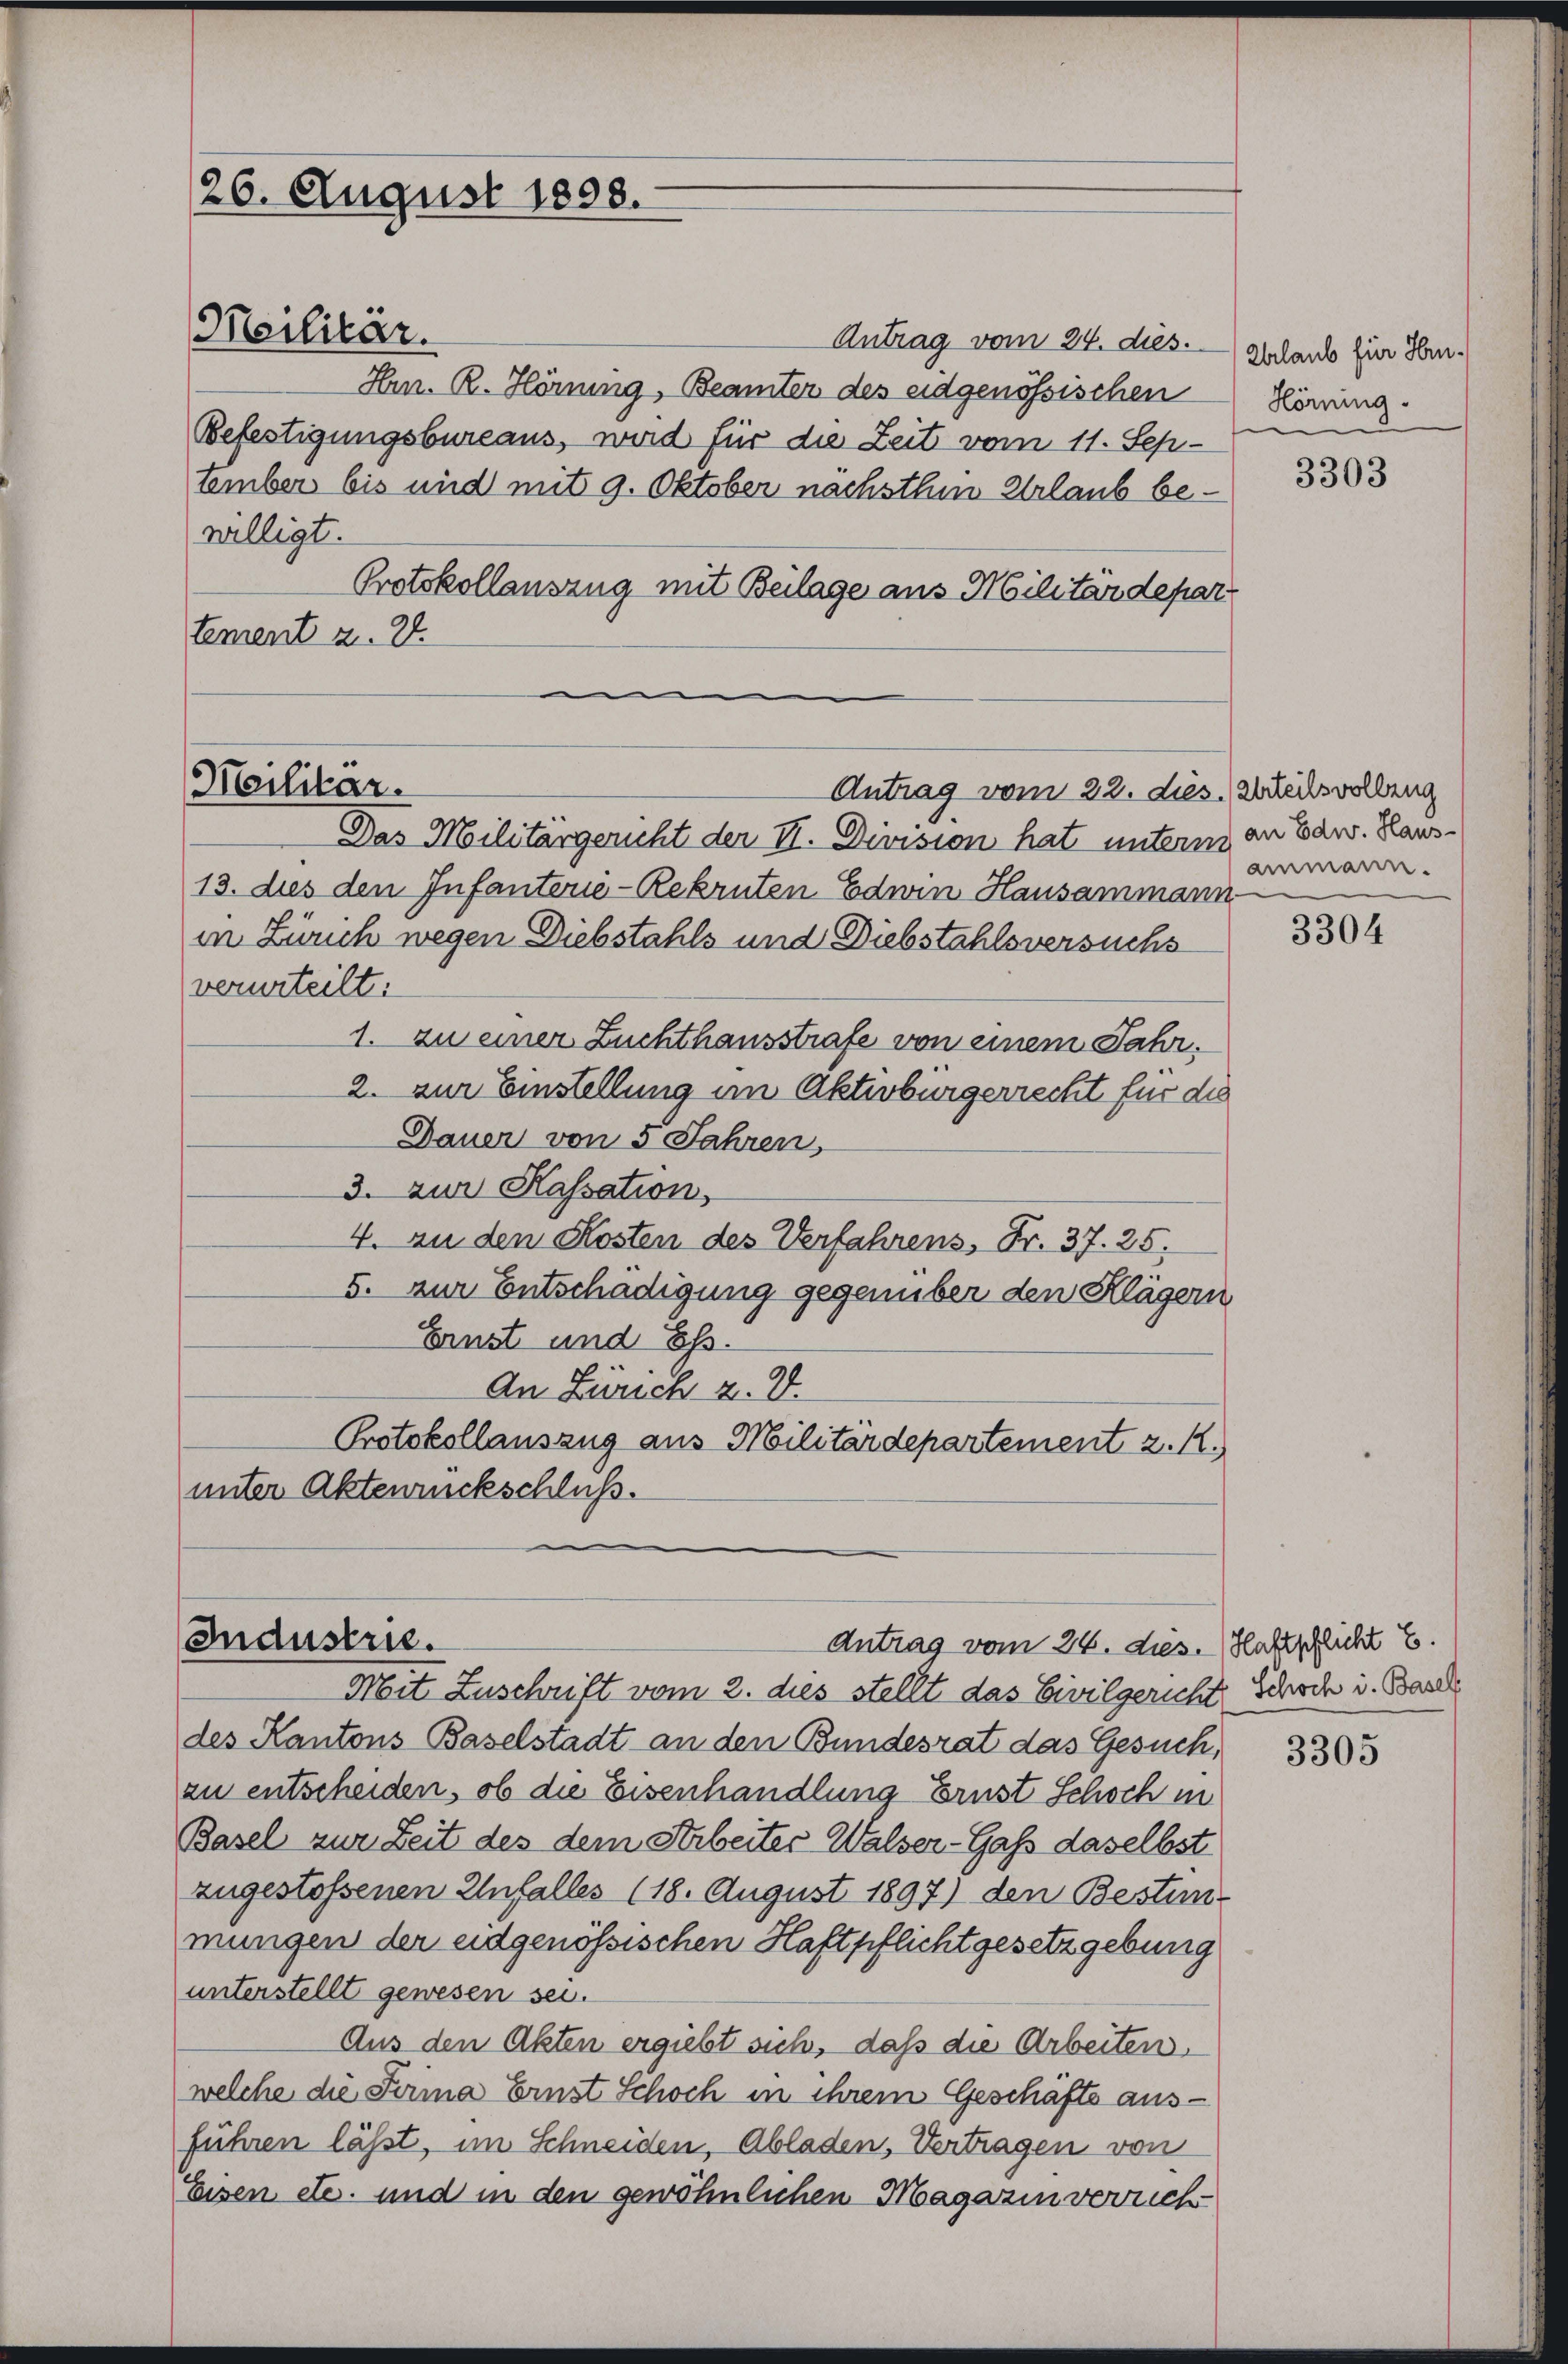
126. August 1898.

Meilitär.

Antrag vom 24. dies.
Hrn. R. Hönung, Beamter des eidgenössischen Hörung.
Befestigungsbureaus, wird für die Zeit vom 11. Sep-
tember bis und mit 9. Oktober nachsthin Urlaub bewilligt.
Protokollauszug mit Beilage aus Militärdepar
tement z. 28.

Das Militärgericht der II. Division hat untern an Edw. Haus¬
13. dies den Infanterie-Rekruten Edwin Hausammann
in Zürich wegen Diebstahls und Diebstahlsversuchs
verurteilt:
1. zu einer Zuchthausstrafe von einem Jahr.
2. zur Einstellung in Aktivbürgerrecht für die
Dauer von 5 Jahren,
3. zur Kassation,
4. zu den Kosten des Verfahrens, Fr. 37. 25.
5. zur Entschädigung gegenüber den Klägern
Ernst und Ess.
An Zürich z. B.
Protokollauszug aus Militärdepartement z. R.
unter Aktenrückschluß.

Militar.

Antrag vom 22. des Wechsvolleng

Industrie.
Antrag vom 26. ds. Hastschlicht E.

Mit Zuschrift vom 2. dies stellt das Civilgericht, Schoch i. Basel
des Kantons Baselstadt an den Bundesrat das Gesuch,
zu entscheiden, ob die Eisenhandlung Ernst Schoch in
Basel zur Zeit des dem Arbeites Walser-Gass daselbst
zugestossenen Unfalles (18. August 1897) den Bestim-
mungen der eidgenössischen Haftpflichtgesetzgebung
unterstellt gewesen sei.
Aus den Akten ergiebt sich, daß die Arbeiten.
welche die Firma Ernst Schoch in ihrem Geschäfte ausführen lässt, im Schneiden, Abladen, Vertragen von
Eisen etc. und in den gewöhnlichen Magazin verrich

Urlaub für Hrn.

3303

ammann.

3304

3305